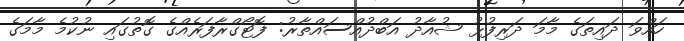
ހައްވަ ދައިތަގެ މާމަ ދަރިފުޅު ޝުއާދު އަބްދުއްސައްތާރު: ފޮޓޯގްރާފަރެއްގެ ގޮތުގައި ނުކުމެ މާމަގެ